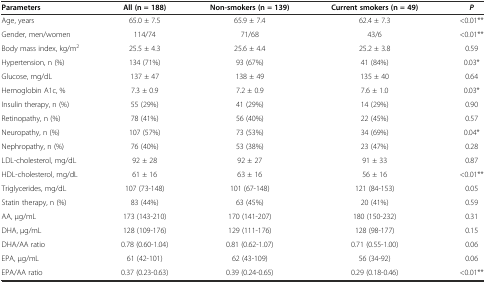
<table><thead><tr><td><b>Parameters</b></td><td><b>All (n = 188)</b></td><td><b>Non-smokers (n = 139)</b></td><td><b>Current smokers (n = 49)</b></td><td><b><i>P</i></b></td></tr></thead><tbody><tr><td>Age, years</td><td>65.0 ± 7.5</td><td>65.9 ± 7.4</td><td>62.4 ± 7.3</td><td>&lt;0.01**</td></tr><tr><td>Gender, men/women</td><td>114/74</td><td>71/68</td><td>43/6</td><td>&lt;0.01**</td></tr><tr><td>Body mass index, kg/m<sup>2</sup></td><td>25.5 ± 4.3</td><td>25.6 ± 4.4</td><td>25.2 ± 3.8</td><td>0.59</td></tr><tr><td>Hypertension, n (%)</td><td>134 (71%)</td><td>93 (67%)</td><td>41 (84%)</td><td>0.03*</td></tr><tr><td>Glucose, mg/dL</td><td>137 ± 47</td><td>138 ± 49</td><td>135 ± 40</td><td>0.64</td></tr><tr><td>Hemoglobin A1c, %</td><td>7.3 ± 0.9</td><td>7.2 ± 0.9</td><td>7.6 ± 1.0</td><td>0.03*</td></tr><tr><td>Insulin therapy, n (%)</td><td>55 (29%)</td><td>41 (29%)</td><td>14 (29%)</td><td>0.90</td></tr><tr><td>Retinopathy, n (%)</td><td>78 (41%)</td><td>56 (40%)</td><td>22 (45%)</td><td>0.57</td></tr><tr><td>Neuropathy, n (%)</td><td>107 (57%)</td><td>73 (53%)</td><td>34 (69%)</td><td>0.04*</td></tr><tr><td>Nephropathy, n (%)</td><td>76 (40%)</td><td>53 (38%)</td><td>23 (47%)</td><td>0.28</td></tr><tr><td>LDL-cholesterol, mg/dL</td><td>92 ± 28</td><td>92 ± 27</td><td>91 ± 33</td><td>0.87</td></tr><tr><td>HDL-cholesterol, mg/dL</td><td>61 ± 16</td><td>63 ± 16</td><td>56 ± 16</td><td>&lt;0.01**</td></tr><tr><td>Triglycerides, mg/dL</td><td>107 (73-148)</td><td>101 (67-148)</td><td>121 (84-153)</td><td>0.05</td></tr><tr><td>Statin therapy, n (%)</td><td>83 (44%)</td><td>63 (45%)</td><td>20 (41%)</td><td>0.59</td></tr><tr><td>AA, μg/mL</td><td>173 (143-210)</td><td>170 (141-207)</td><td>180 (150-232)</td><td>0.31</td></tr><tr><td>DHA, μg/mL</td><td>128 (109-176)</td><td>129 (111-176)</td><td>128 (98-177)</td><td>0.15</td></tr><tr><td>DHA/AA ratio</td><td>0.78 (0.60-1.04)</td><td>0.81 (0.62-1.07)</td><td>0.71 (0.55-1.00)</td><td>0.06</td></tr><tr><td>EPA, μg/mL</td><td>61 (42-101)</td><td>62 (43-109)</td><td>56 (34-92)</td><td>0.06</td></tr><tr><td>EPA/AA ratio</td><td>0.37 (0.23-0.63)</td><td>0.39 (0.24-0.65)</td><td>0.29 (0.18-0.46)</td><td>&lt;0.01**</td></tr></tbody></table>